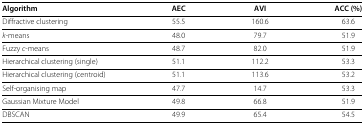
<table><thead><tr><td><b>Algorithm</b></td><td><b>AEC</b></td><td><b>AVI</b></td><td><b>ACC (%)</b></td></tr></thead><tbody><tr><td>Diffractive clustering</td><td>55.5</td><td>160.6</td><td>63.6</td></tr><tr><td><i>k</i>‐means</td><td>48.0</td><td>79.7</td><td>51.9</td></tr><tr><td>Fuzzy <i>c</i>‐means</td><td>48.7</td><td>82.0</td><td>51.9</td></tr><tr><td>Hierarchical clustering (single)</td><td>51.1</td><td>112.2</td><td>53.3</td></tr><tr><td>Hierarchical clustering (centroid)</td><td>51.1</td><td>113.6</td><td>53.2</td></tr><tr><td>Self‐organising map</td><td>47.7</td><td>14.7</td><td>53.3</td></tr><tr><td>Gaussian Mixture Model</td><td>49.8</td><td>66.8</td><td>51.9</td></tr><tr><td>DBSCAN</td><td>49.9</td><td>65.4</td><td>54.5</td></tr></tbody></table>